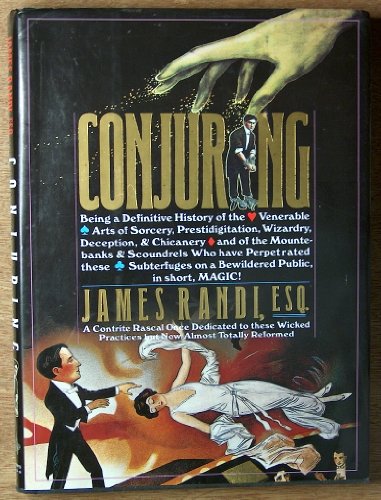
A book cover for Conjuring: Being a Definitive Account of the Venerable Arts of Sorcery, Prestidigitation, Wizardry, Deception, & Chicanery and of the Mountebanks & Scoundrels Who Have Perpetrated These Subterfuges on; James Randi; Humor & Entertainment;